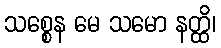
သစ္စေန မေ သမော နတ္ထိ၊